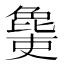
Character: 𣬔